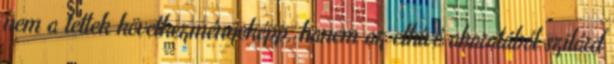
nem a tettek következményeképp, hanem az elhívó akaratából szilárd